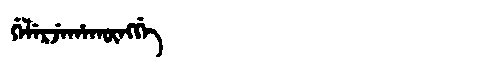
Manchu: ᡤᡝᠯᡝᡵᠵᡝᡥᠠᡴᡡᠩᡤᡝ
Romanization: GELERJEHAKŪNGGE